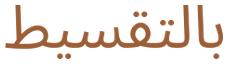
بالتقسيط